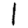
Digit: 1